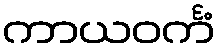
ကာယဝင်္ကံ